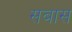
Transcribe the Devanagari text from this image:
सबास